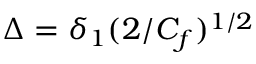
\Delta = \delta _ { 1 } ( 2 / C _ { f } ) ^ { 1 / 2 }